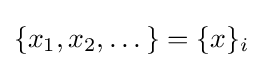
\{x_{1},x_{2},\dots \}=\{x\}_{i}